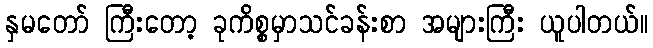
နှမတော် ကြီးတော့ ခုကိစ္စမှာသင်ခန်းစာ အများကြီး ယူပါတယ်။